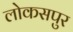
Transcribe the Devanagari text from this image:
लोकसपुर